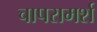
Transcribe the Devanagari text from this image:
चापरामर्श